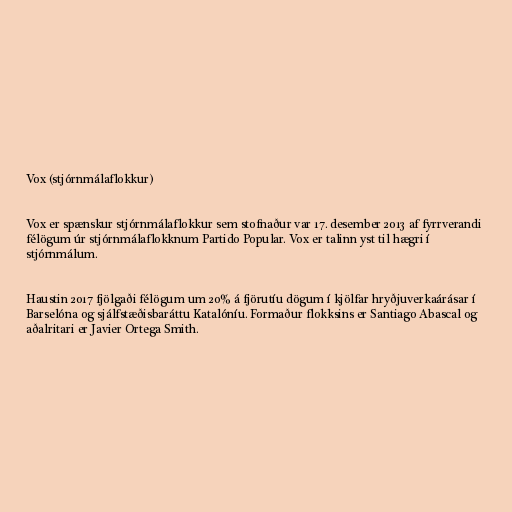
Vox (stjórnmálaflokkur)

Vox er spænskur stjórnmálaflokkur sem stofnaður var 17. desember 2013 af fyrrverandi
félögum úr stjórnmálaflokknum Partido Popular. Vox er talinn yst til hægri í
stjórnmálum.

Haustin 2017 fjölgaði félögum um 20% á fjörutíu dögum í kjölfar hryðjuverkaárásar í
Barselóna og sjálfstæðisbaráttu Katalóníu. Formaður flokksins er Santiago Abascal og
aðalritari er Javier Ortega Smith.